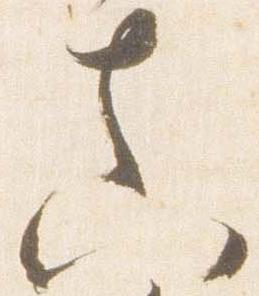
真